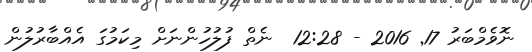
ނޮވެމްބަރު 17